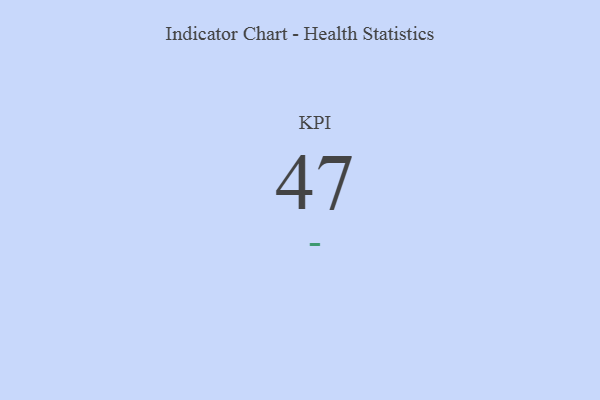
{"axis": {"x": "KPI", "y": "Value"}, "legend": [""], "data": [{"x": "KPI", "y": 47, "type": ""}]}